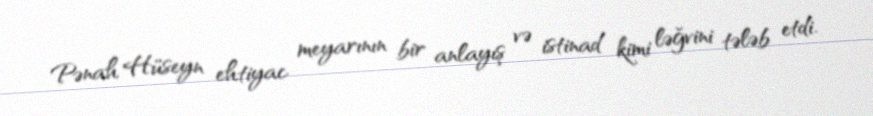
Pənah Hüseyn ehtiyac meyarının bir anlayış və istinad kimi ləğvini tələb etdi.